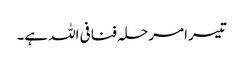
تیسرا مرحلہ فنافی اللہ ہے۔